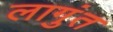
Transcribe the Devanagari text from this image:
लागुंत